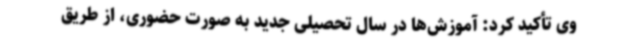
وی تأکید کرد: آموزش‌ها در سال تحصیلی جدید به صورت حضوری، از طریق